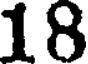
18